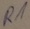
Text: R1